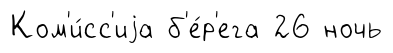
Ком'и́сс'иjа б'е́р'ега 26 ночь